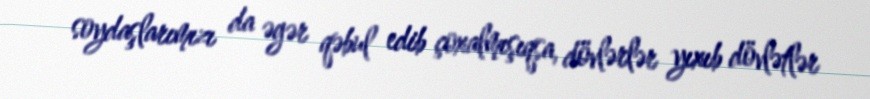
soydaşlarımızı da əgər qəbul edib çoxalmışıqsa, dövlərlər yıxıb dövlətlər